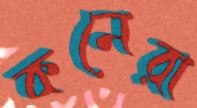
কনেরা